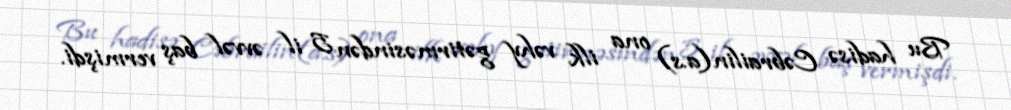
Bu hadisə Cəbrailin(a.s) ona ilk vəhy gətirməsindən 5 il əvvəl baş vermişdi.